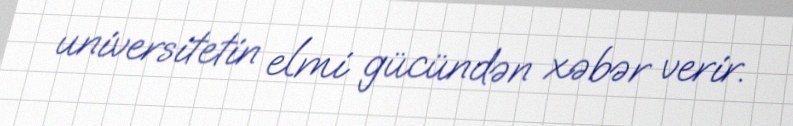
universitetin elmi gücündən xəbər verir.